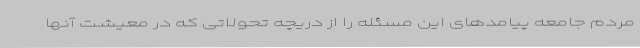
مردم جامعه پیامدهای این مسئله را از دریچه تحولاتی که در معیشت آنها